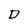
Character: D